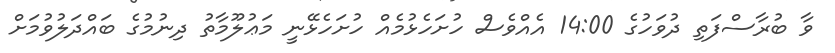
ވާ ބުރާސްފަތި ދުވަހުގެ 14:00 އެއްވެސް ހުށަހެޅުމެއް ހުށަހެޅޭނީ މަޢުލޫމާތު ދިނުމުގެ ބައްދަލުވުމަށް